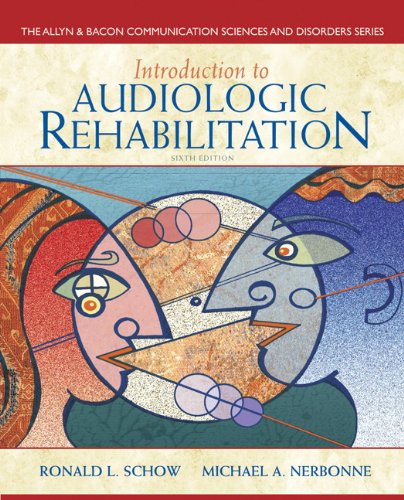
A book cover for Introduction to Audiologic Rehabilitation (6th Edition) (Allyn & Bacon Communication Sciences and Disorders); Ronald L. Schow; Medical Books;